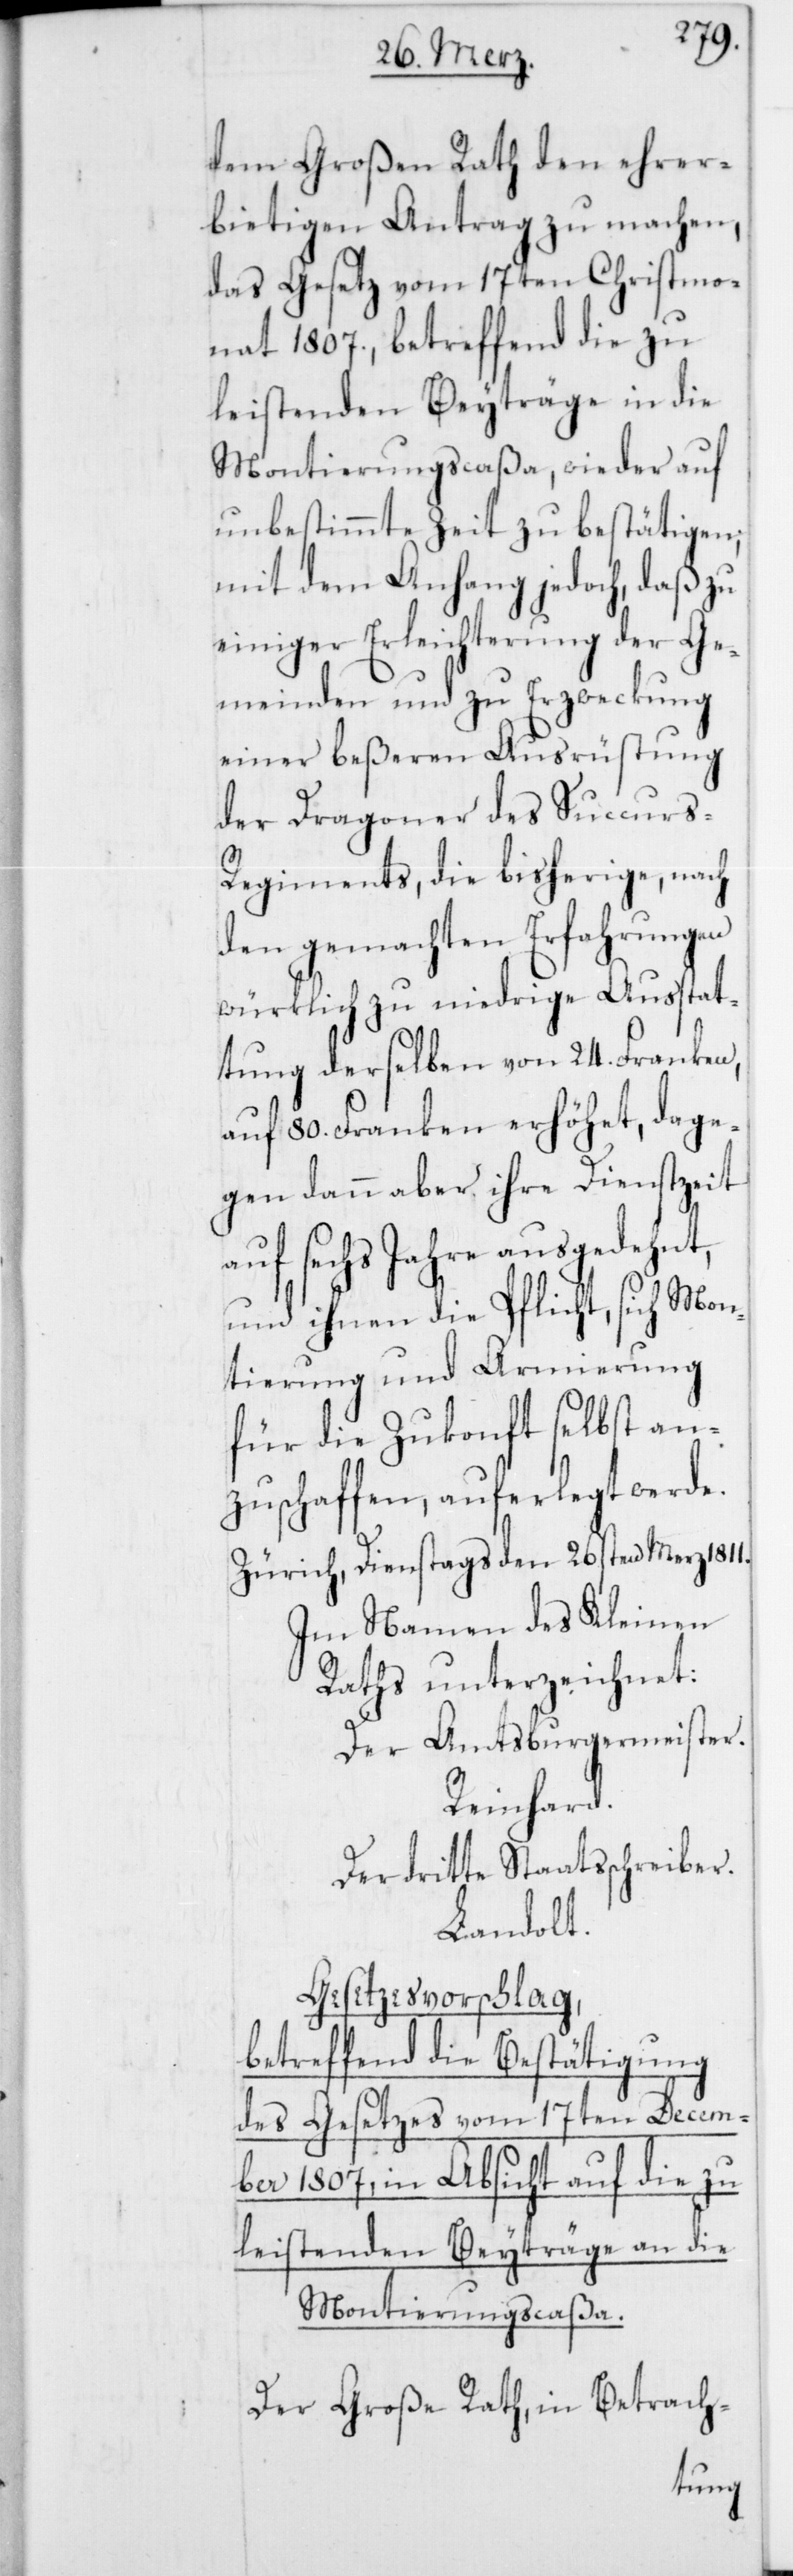
dem Großen Rath den ehrer¬
bietigen Antrag zu machen,
das Gesetz vom 17ten Christmo¬
nat 1807., betreffend die zu
leistenden Beyträge in die
Montierungscaßa, wieder auf
unbestimmte Zeit zu bestätigen;
mit dem Anhang jedoch, daß zu
einiger Erleichterung der Ge¬
meinden und zu Erzweckung
einer beßeren Ausrüstung
der Dragoner des Succurs-R¬
egiments, die bisherige, nach
den gemachten Erfahrungen
würklich zu niedrige Ausstat¬
tung derselben von 24. Franken,
auf 80. Franken erhöhet, dage¬
gen dann aber ihre Dienstzeit
auf sechs Jahre ausgedehnt,
und ihnen die Pflicht, sich Mon¬
tierung und Armierung
für die Zukonft selbst an¬
zuschaffen, auferlegt werde.
Zürich, Dienstags den 26sten Merz 1811.
Im Namen des Kleinen
Der Amtsburgermeister
Reinhard.
Der dritte Staatsschreiber
Landolt.
Gesetzesvorschlag,
betreffend die Bestätigung
des Gesetzes vom 17ten Decem¬
ber 1807, in Absicht auf die zu
leistenden Beyträge an die
Montierungscaßa.
Der Große Rath, in Betrach-